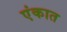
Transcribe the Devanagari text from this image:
एंकात